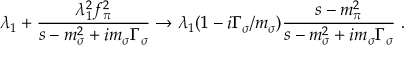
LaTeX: \lambda _ { 1 } + \frac { \lambda _ { 1 } ^ { 2 } f _ { \pi } ^ { 2 } } { s - m _ { \sigma } ^ { 2 } + i m _ { \sigma } \Gamma _ { \sigma } } \rightarrow \lambda _ { 1 } ( 1 - i \Gamma _ { \sigma } / m _ { \sigma } ) \frac { s - m _ { \pi } ^ { 2 } } { s - m _ { \sigma } ^ { 2 } + i m _ { \sigma } \Gamma _ { \sigma } } \; .